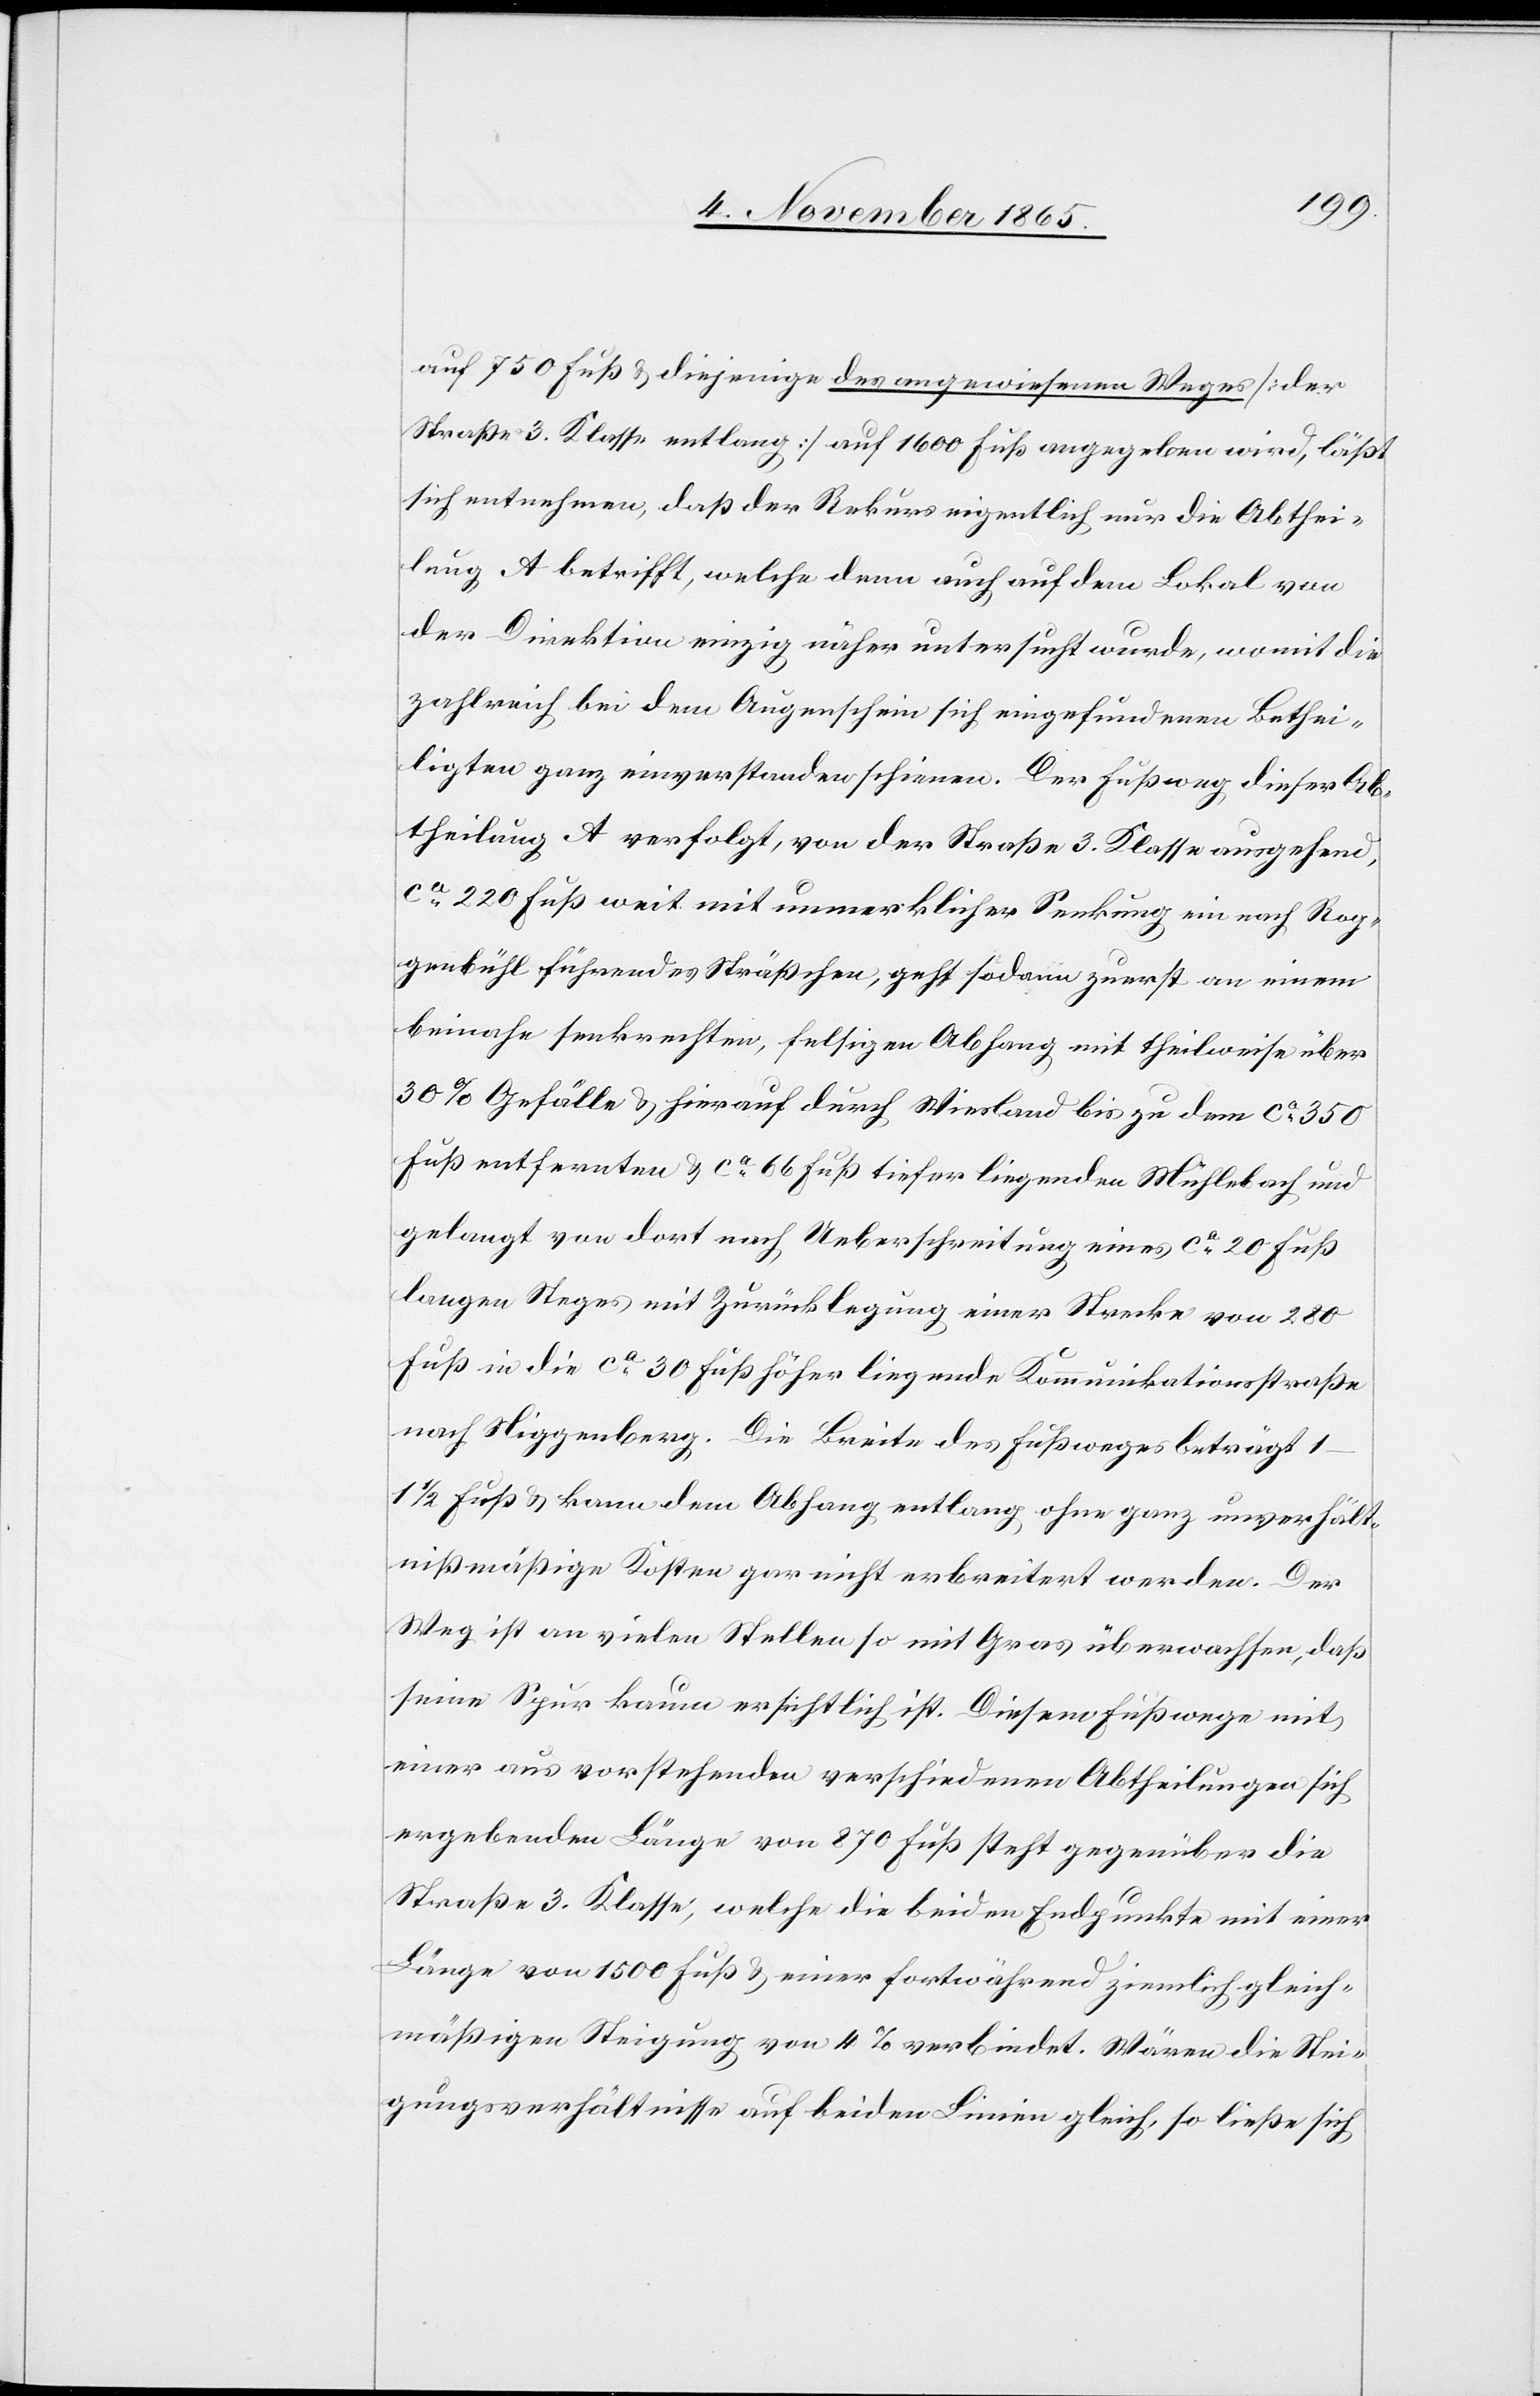
auf 750 Fuß & diejenige des angewiesenen Weges [der
Straße 3. Klasse entlang] auf 1600 Fuß angegeben wird, läßt
sich annehmen, daß der Rekurs eigentlich nur die Abthei¬
lung A betrifft, welche denn auch auf dem Lokal von
der Direktion einzig näher untersucht wurde, womit die
zahlreich bei dem Augenschein sich eingefundenen Bethei¬
ligten ganz einverstanden schienen. Der Fußweg dieser Ab¬
theilung A verfolgt, von der Straße 3. Klasse ausgehend,
ca 220 Fuß weit mit unmerklicher Senkung ein nach Rog¬
genbühl führendes Sträßchen, geht sodann zuerst an einem
beinahe senkrechten, felsigen Abhang mit theilweise über
30% Gefälle & hierauf durch Wiesland bis zu dem ca 350
Fuß entfernten & ca 66 Fuß tiefer liegenden Mühlebach und
gelangt von dort nach Ueberschreitung eines ca 20 Fuß
langen Steges mit Zurücklegung einer Strecke von 280
Fuß in die ca 30 Fuß höher liegende Kommunikationsstraße
nach Niggenberg. Die Breite des Fußweges beträgt
1/2 Fuß & kann dem Abhang entlang ohne ganz unverhält¬
nißmäßige Kosten gar nicht erbreitert werden. Der
Weg ist an vielen Stellen so mit Gras überwachsen, daß
seine Spur kaum ersichtlich ist. Diesem Fußwege mit
einer aus vorstehenden verschiedenen Abtheilungen sich
ergebenden Länge von 870 Fuß steht gegenüber die
Straße 3. Klasse, welche die beiden Endpunkte mit einer
Länge von 1500 Fuß & einer fortwährend ziemlich gleich¬
mäßigen Steigung von 4% verbindet. Wären die Stei¬
gungsverhältnisse auf beiden Linien gleich, so ließe sich